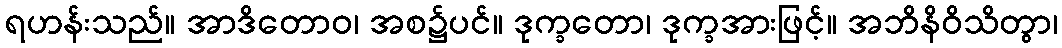
ရဟန်းသည်။ အာဒိတောဝ၊ အစ၌ပင်။ ဒုက္ခတော၊ ဒုက္ခအားဖြင့်။ အဘိနိဝိသိတွာ၊